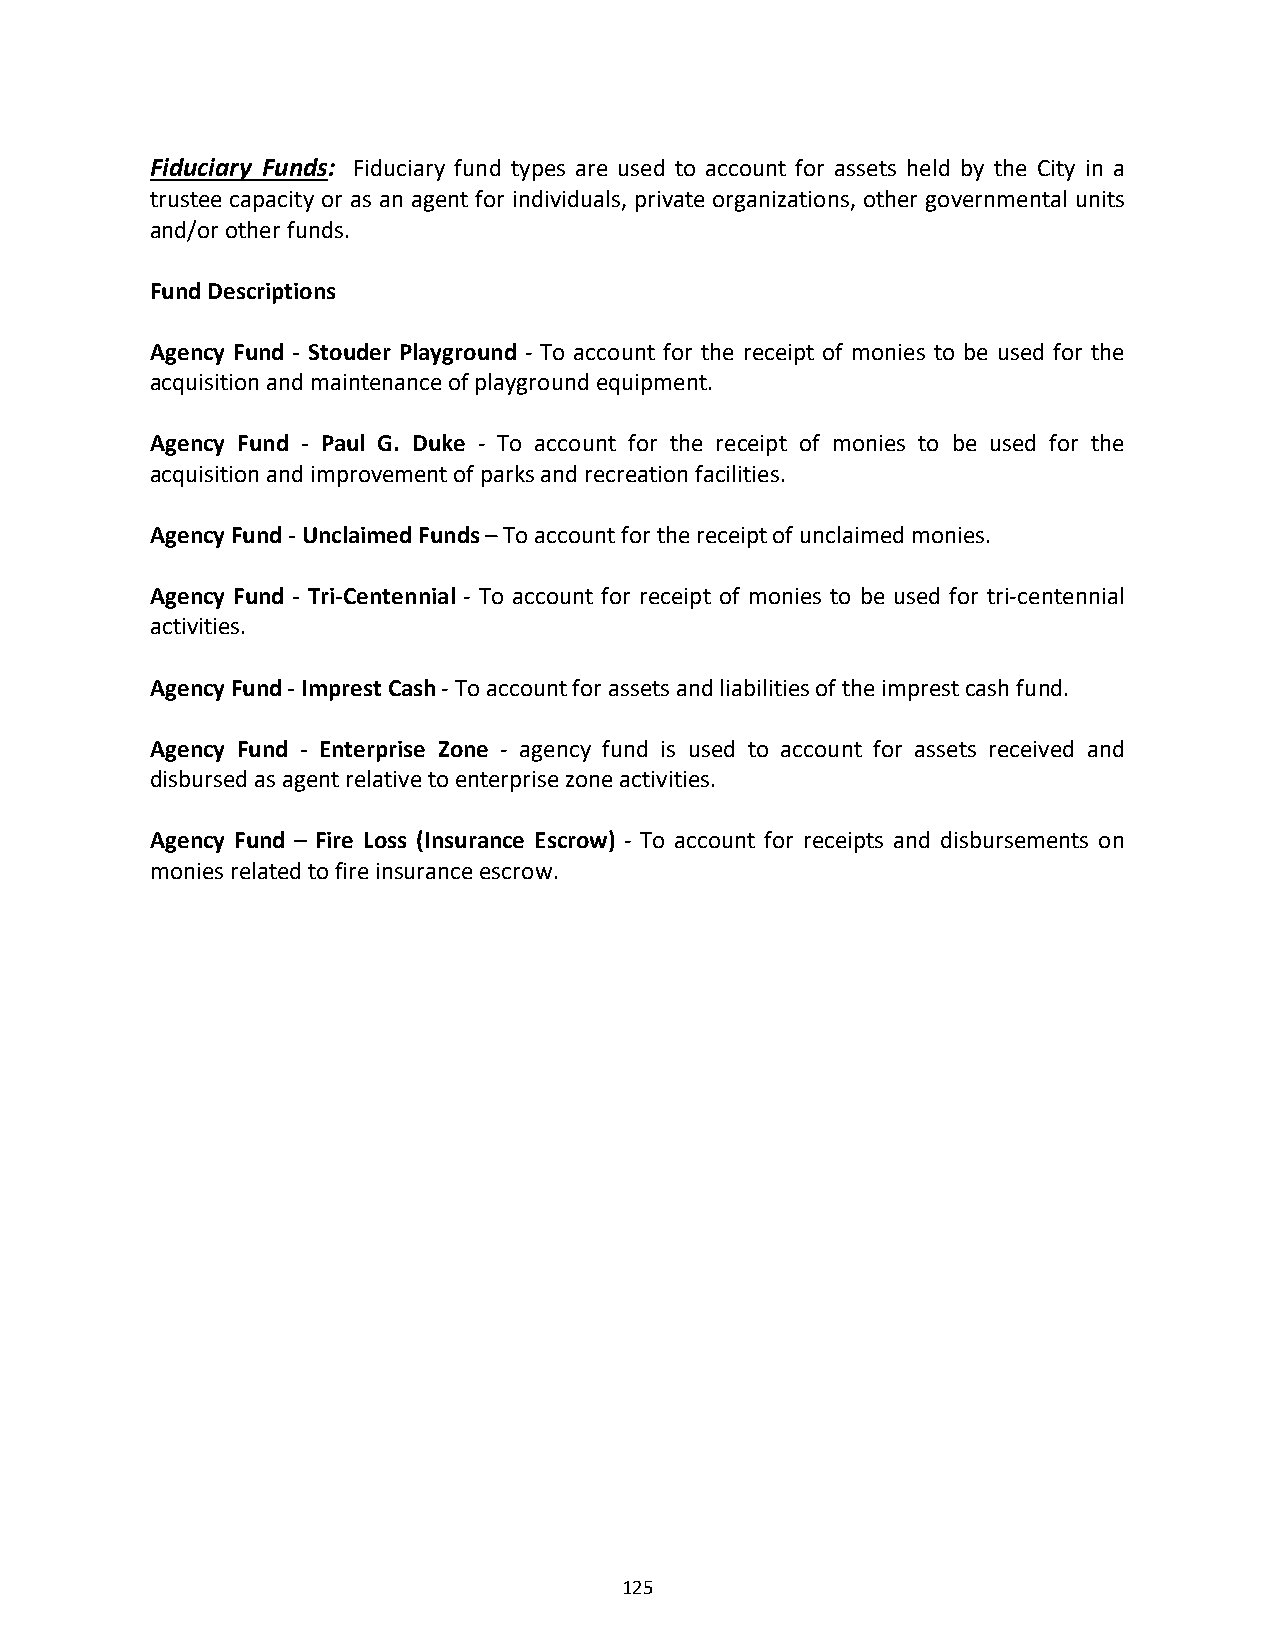
Fiduciary Funds: Fiduciary fund types are used to account for assets held by the City in a
 trustee capacity or as an agent for individuals, private organizations, other governmental units
 and/or other funds.
 Fund Descriptions
 Agency Fund ‐ Stouder Playground ‐ To account for the receipt of monies to be used for the
 acquisition and maintenance of playground equipment.
 Agency Fund ‐ Paul G. Duke ‐ To account for the receipt of monies to be used for the
 acquisition and improvement of parks and recreation facilities.
 Agency Fund ‐ Unclaimed Funds – To account for the receipt of unclaimed monies.
 Agency Fund ‐ Tri‐Centennial ‐ To account for receipt of monies to be used for tri‐centennial
 activities.
 Agency Fund ‐ Imprest Cash ‐ To account for assets and liabilities of the imprest cash fund.
 Agency Fund ‐ Enterprise Zone ‐ agency fund is used to account for assets received and
 disbursed as agent relative to enterprise zone activities.
 Agency Fund – Fire Loss (Insurance Escrow) ‐ To account for receipts and disbursements on
 monies related to fire insurance escrow.
 125